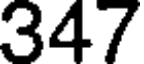
347